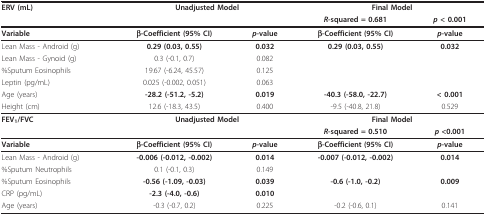
| ERV (mL) | <COLSPAN=2> Unadjusted Model | <COLSPAN=2> Final Model |
 |  |  |  | R-squared = 0.681 | p < 0.001 |
 | --- | --- | --- | --- | --- |
 | Variable | β-Coefficient (95% CI) | p-value | β-Coefficient (95% CI) | p-value |
 | Lean Mass - Android (g) | 0.29 (0.03, 0.55) | 0.032 | 0.29 (0.03, 0.55) | 0.032 |
 | Lean Mass - Gynoid (g) | 0.3 (-0.1, 0.7) | 0.082 |  |  |
 | %Sputum Eosinophils | 19.67 (-6.24, 45.57) | 0.125 |  |  |
 | Leptin (pg/mL) | 0.025 (-0.002, 0.051) | 0.063 |  |  |
 | Age (years) | -28.2 (-51.2, -5.2) | 0.019 | -40.3 (-58.0, -22.7) | < 0.001 |
 | Height (cm) | 12.6 (-18.3, 43.5) | 0.400 | -9.5 (-40.8, 21.8) | 0.529 |
 | FEV1/FVC | <COLSPAN=2> Unadjusted Model | <COLSPAN=2> Final Model |
 |  |  |  | R-squared = 0.510 | p <0.001 |
 | Variable | β-Coefficient (95% CI) | p-value | β-Coefficient (95% CI) | p-value |
 | Lean Mass - Android (g) | -0.006 (-0.012, -0.002) | 0.014 | -0.007 (-0.012, -0.002) | 0.014 |
 | %Sputum Neutrophils | 0.1 (-0.1, 0.3) | 0.149 |  |  |
 | %Sputum Eosinophils | -0.56 (-1.09, -0.03) | 0.039 | -0.6 (-1.0, -0.2) | 0.009 |
 | CRP (pg/mL) | -2.3 (-4.0, -0.6) | 0.010 |  |  |
 | Age (years) | -0.3 (-0.7, 0.2) | 0.225 | -0.2 (-0.6, 0.1) | 0.141 |